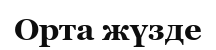
Орта жүзде